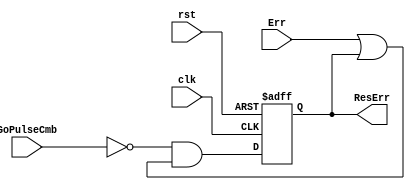
module error_reg(
    input wire clk, rst, GoPulseCmb, Err,
    output reg ResErr
    );
    
    always @ (posedge clk, posedge rst) begin
        if (rst) ResErr <= 1'b0;
        else ResErr <= (~GoPulseCmb) & (Err | ResErr);
    end
    
endmodule